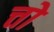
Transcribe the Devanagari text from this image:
त्तो